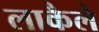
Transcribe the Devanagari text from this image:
लाकैले